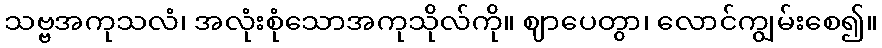
သဗ္ဗအကုသလံ၊ အလုံးစုံသောအကုသိုလ်ကို။ ဈာပေတွာ၊ လောင်ကျွမ်းစေ၍။